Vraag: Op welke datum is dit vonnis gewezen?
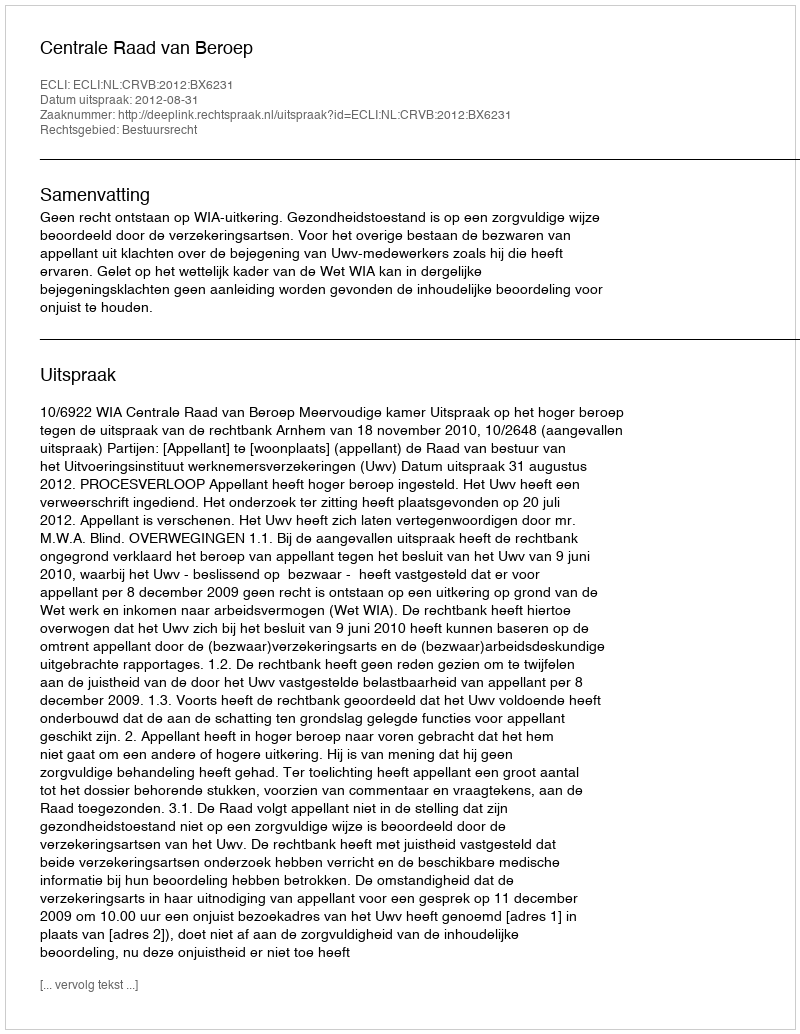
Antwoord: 2012-08-31